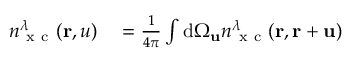
\begin{array} { r l } { n _ { \mathrm { ~ x ~ c ~ } } ^ { \lambda } ( \mathbf { r } , u ) } & { { } = \frac { 1 } { 4 \pi } \int \mathrm { d } \Omega _ { \mathbf { u } } n _ { \mathrm { ~ x ~ c ~ } } ^ { \lambda } ( \mathbf { r } , \mathbf { r } + \mathbf { u } ) } \end{array}